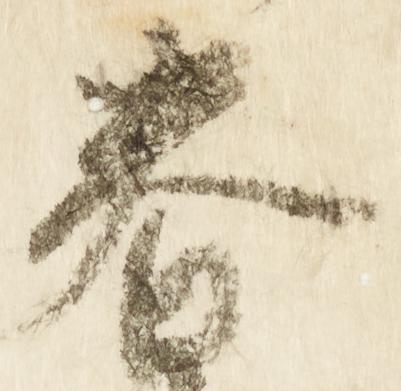
春